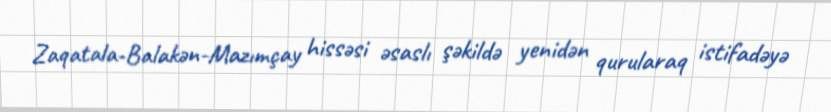
Zaqatala-Balakən-Mazımçay hissəsi əsaslı şəkildə yenidən qurularaq istifadəyə